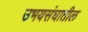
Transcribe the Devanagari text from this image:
उभयसंघातील